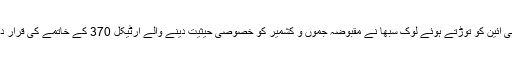
آخر کار امسال 5 اگست کو بھارت نے کشمیر کے مسئلہ کو مزید الجھاتے ہوئے اپنے ہی آئین کو توڑتے ہوئے لوک سبھا نے مقبوضہ جموں و کشمیر کو خصوصی حیثیت دینے والے آرٹیکل 370 کے خاتمے کی قرار داد اور مقبوضہ کشمیر کی دو حصوں میں تقسیم کا بل بھاری اکثریت سے منظور کر لیا۔